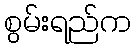
စွမ်းရည်က